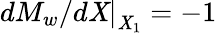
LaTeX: dM_{w}/\left.d\mathit{X}\right|_{\mathit{X}_{1}}=-1